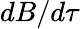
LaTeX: dB/d\tau